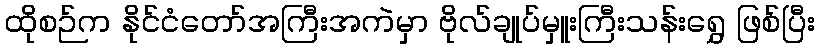
ထိုစဉ်က နိုင်ငံတော်အကြီးအကဲမှာ ဗိုလ်ချုပ်မှူးကြီးသန်းရွှေ ဖြစ်ပြီး